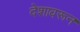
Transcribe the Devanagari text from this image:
देशावरून